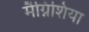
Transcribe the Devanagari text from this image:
मैग्निशिया